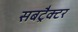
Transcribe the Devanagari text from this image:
सबट्रैक्टर